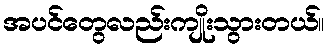
အပင်တွေလည်းကျိုးသွားတယ်။